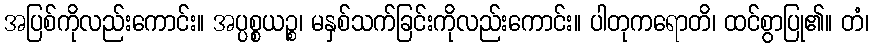
အပြစ်ကိုလည်းကောင်း။ အပ္ပစ္စယဉ္စ၊ မနှစ်သက်ခြင်းကိုလည်းကောင်း။ ပါတုကရောတိ၊ ထင်စွာပြု၏။ တံ၊